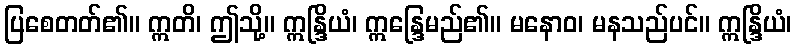
ပြစေတတ်၏။ ဣတိ၊ ဤသို့။ ဣန္ဒြိယံ၊ ဣန္ဒြေမည်၏။ မနောဝ၊ မနသည်ပင်။ ဣန္ဒြိယံ၊